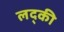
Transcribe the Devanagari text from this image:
लद्की